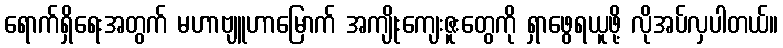
ရောက်ရှိရေးအတွက် မဟာဗျူဟာမြောက် အကျိုးကျေးဇူးတွေကို ရှာဖွေရယူဖို့ လိုအပ်လှပါတယ်။